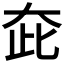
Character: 𡗼